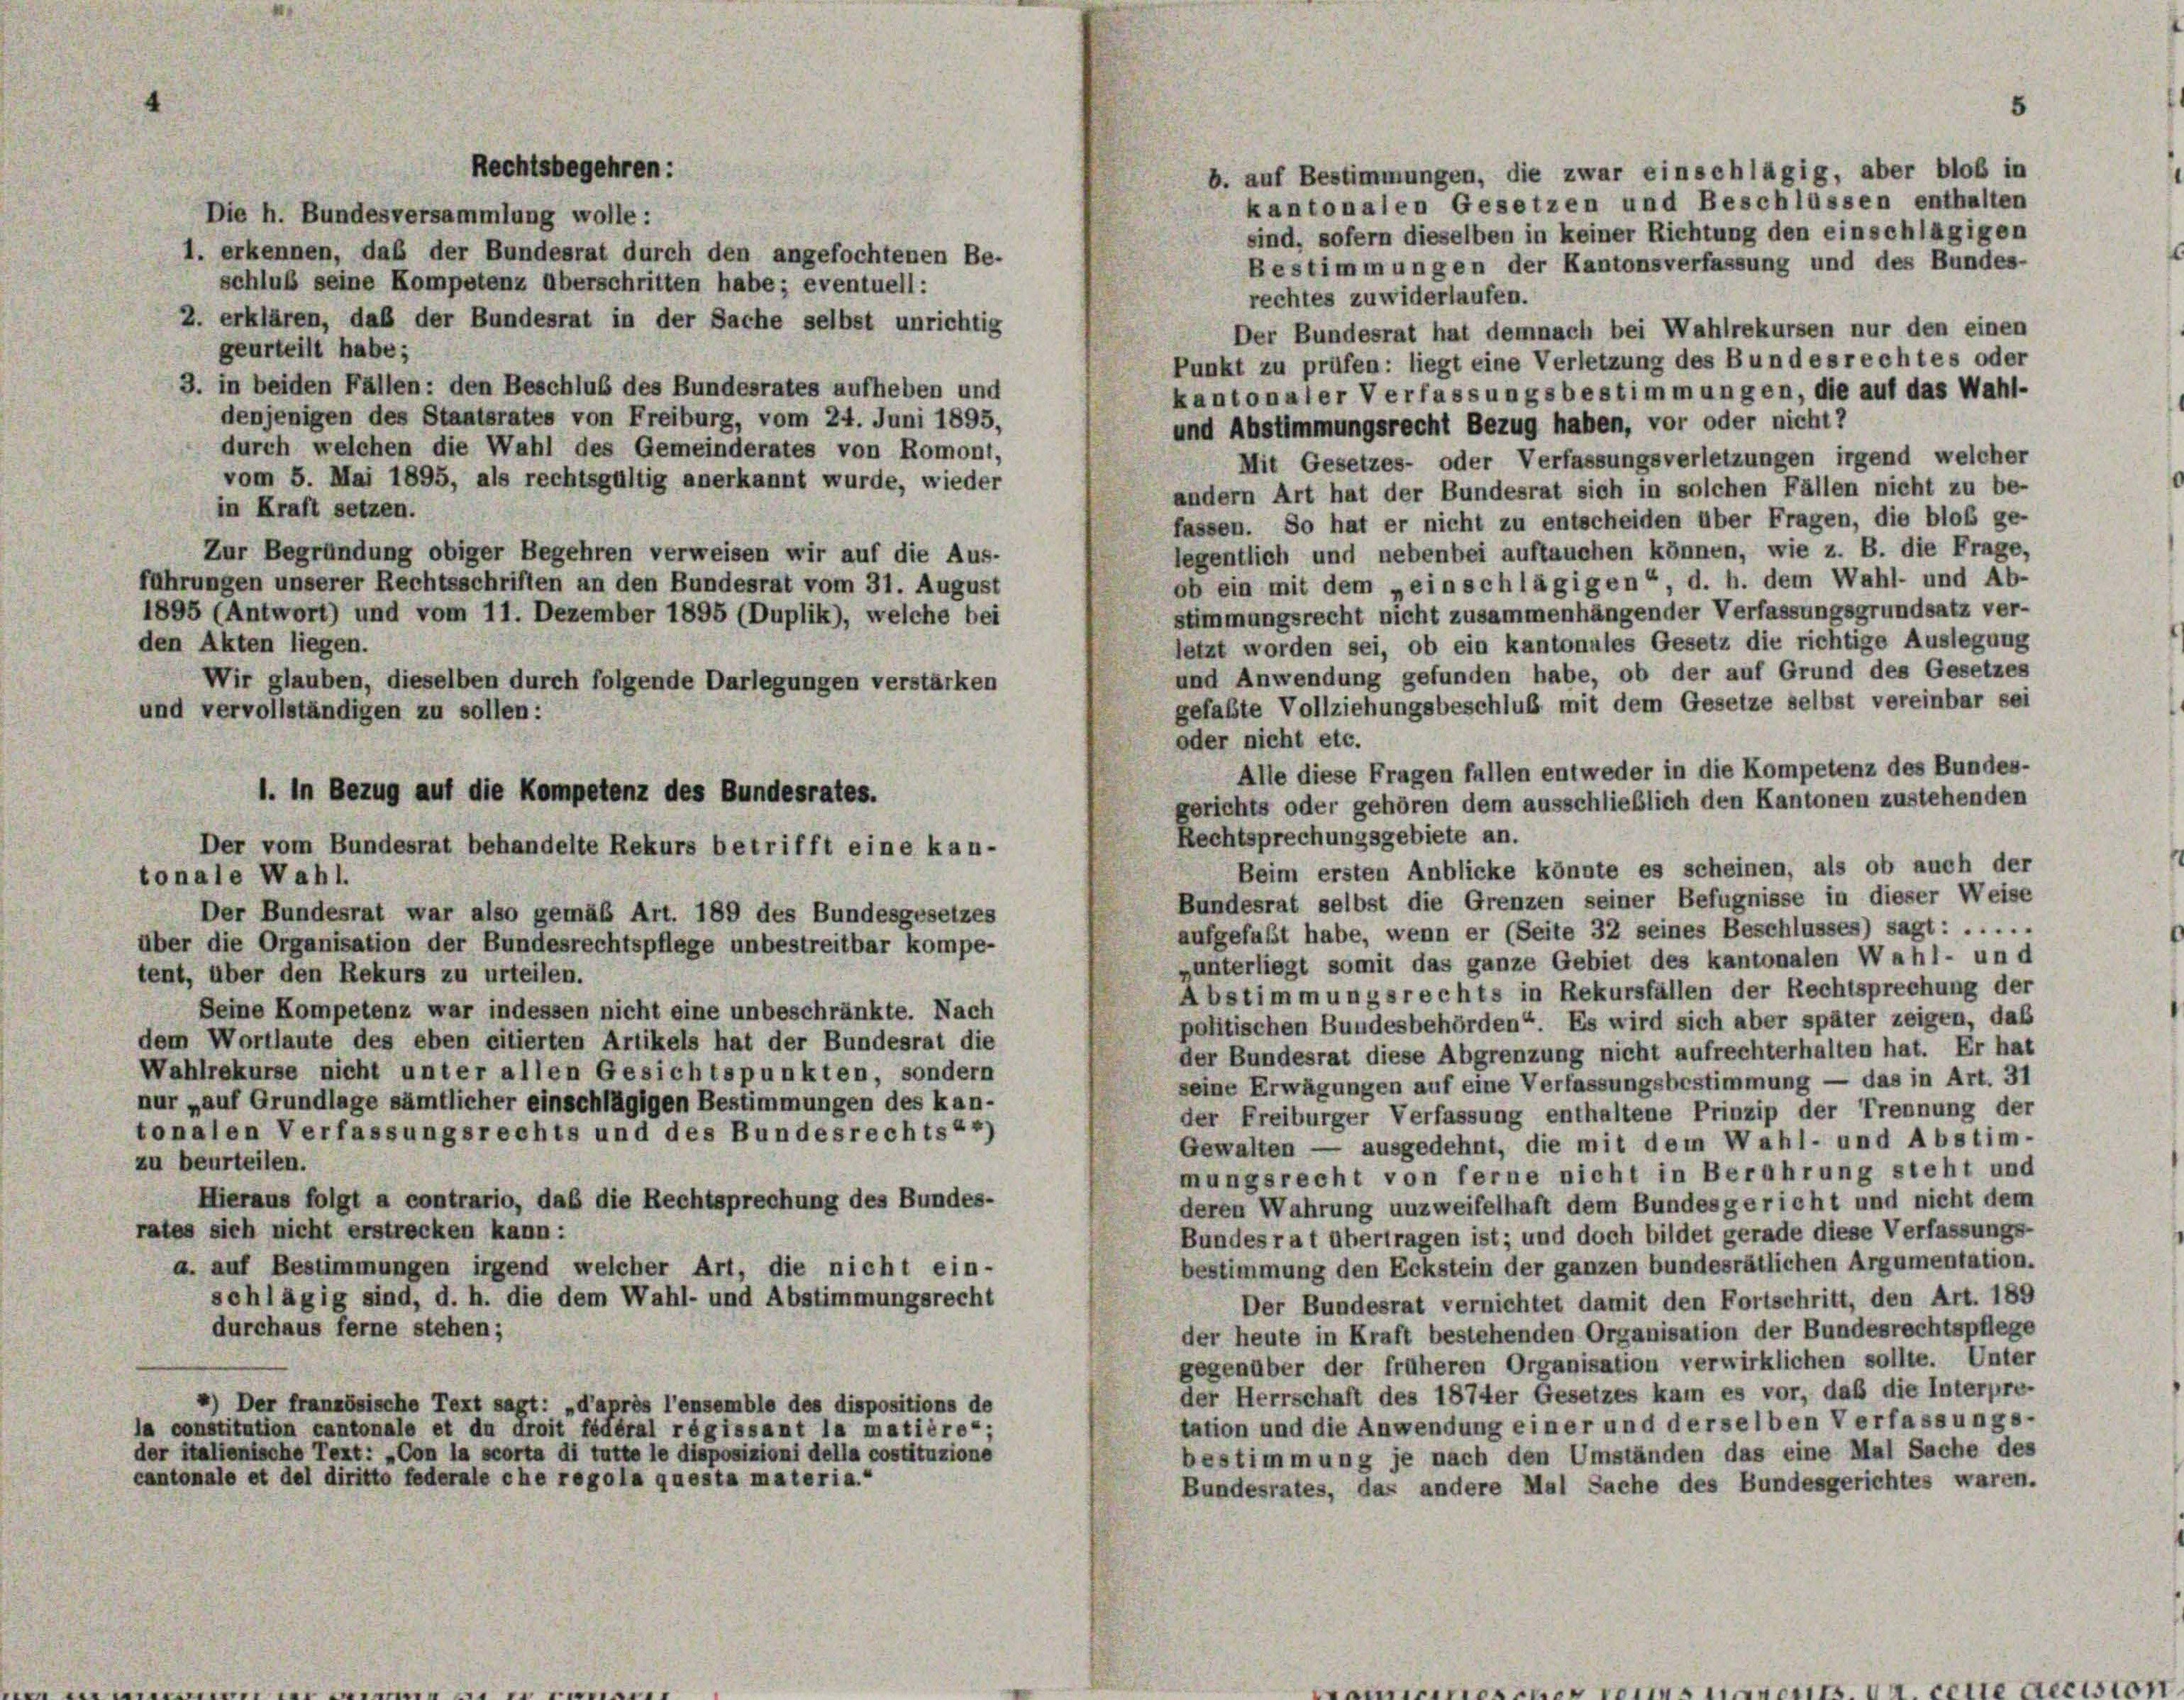
b. auf Bestimmungen, die zwar einschlägig, aber bloß in
kantonalen Gesetzen und Beschlüssen enthalten
Die h. Bundesversammlung wolle:
sind, sofern dieselben in keiner Richtung den einschlägigen
l. erkennen, daß der Bundesrat durch den angefochtenen Be-
Bestimmungen der Kantonsverfassung und des Bundes-
schluß seine Kompetenz überschritten habe; eventuell:
rechtes zuwiderlaufen.
2. erklären, daß der Bundesrat in der Sache selbst unrichtig
Der Bundesrat hat demnach bei Wahlrekursen nur den einen
geurteilt habe;
Punkt zu prüfen: liegt eine Verletzung des Bundesrechtes oder
3. in beiden Fällen: den Beschluß des Bundesrates aufheben und
kantonaler Verfassungsbestimmungen, die auf das Wahl-
denjenigen des Staatsrates von Freiburg, vom 24. Juni 1895,
und Abstimmungsrecht Bezug haben, vor oder nicht?
durch welchen die Wahl des Gemeinderates von Romont,
Mit Gesetzes- oder Verfassungsverletzungen irgend welcher
vom 5. Mai 1895, als rechtsgültig anerkannt wurde, wieder
andern Art hat der Bundesrat sich in solchen Fällen nicht zu be-
in Kraft setzen.
fassen. So hat er nicht zu entscheiden über Fragen, die bloß ge-
legentlich und nebenbei auftauchen können, wie z. B. die Frage,
Zur Begründung obiger Begehren verweisen wir auf die Aus-
ob ein mit dem „einschlägigen“, d. h. dem Wahl- und Ab-
führungen unserer Rechtsschriften an den Bundesrat vom 31. August
stimmungsrecht nicht zusammenhängender Verfassungsgrundsatz ver-
1895 (Antwort) und vom 11. Dezember 1895 (Duplik), welche bei
den Akten liegen.
letzt worden sei, ob ein kantonales Gesetz die richtige Auslegung
und Anwendung gefunden habe, ob der auf Grund des Gesetzes
Wir glauben, dieselben durch folgende Darlegungen verstärken
gefaßte Vollziehungsbeschluß mit dem Gesetze selbst vereinbar sei
und vervollständigen zu sollen:
oder nicht etc.
Alle diese Fragen fallen entweder in die Kompetenz des Bundes-
gerichts oder gehören dem ausschließlich den Kantonen zustehenden
Rechtsprechungsgebiete an.
Der vom Bundesrat behandelte Rekurs betrifft eine kan-
Beim ersten Anblicke könnte es scheinen, als ob auch der
tonale Wahl.
Bundesrat selbst die Grenzen seiner Befugnisse in dieser Weise
Der Bundesrat war also gemäß Art. 189 des Bundesgesetzes
aufgefaßt habe, wenn er (Seite 32 seines Beschlusses) sagt: .....
über die Organisation der Bundesrechtspflege unbestreitbar kompe-
„unterliegt somit das ganze Gebiet des kantonalen Wahl- un d
tent, über den Rekurs zu urteilen.
Abstimmungsrechts in Rekursfällen der Rechtsprechung der
Seine Kompetenz war indessen nicht eine unbeschränkte. Nach
politischen Bundesbehörden“. Es wird sich aber später zeigen, daß
dem Wortlaute des eben citierten Artikels hat der Bundesrat die
der Bundesrat diese Abgrenzung nicht aufrechterhalten hat. Er hat
Wahlrekurse nicht unter allen Gesichtspunkten, sondern
seine Erwägungen auf eine Verfassungsbestimmung — das in Art. 31
nur „auf Grundlage sämtlicher einschlägigen Bestimmungen des kan-
der Freiburger Verfassung enthaltene Prinzip der Trennung der
tonalen Verfassungsrechts und des Bundesrechts“*)
Gewalten — ausgedehnt, die mit dem Wahl- und Abstim-
zu beurteilen.
mungsrecht von ferne nicht in Berührung steht und
Hieraus folgt a contrario, daß die Rechtsprechung des Bundes-
deren Wahrung unzweifelhaft dem Bundesgericht und nicht dem
rates sich nicht erstrecken kann:
Bundesrat übertragen ist; und doch bildet gerade diese Verfassungs-
bestimmung den Eckstein der ganzen bundesrätlichen Argumentation.
a. auf Bestimmungen irgend welcher Art, die nicht ein-
schlägig sind, d. h. die dem Wahl- und Abstimmungsrecht
Der Bundesrat vernichtet damit den Fortschritt, den Art. 189
durchaus ferne stehen;
der heute in Kraft bestehenden Organisation der Bundesrechtspflege
gegenüber der früheren Organisation verwirklichen sollte. Unter
der Herrschaft des 1874er Gesetzes kam es vor, daß die Interpre-
*) Der französische Text sagt: „d’après l’ensemble des dispositions de
tation und die Anwendung einer und derselben Verfassungs-
la constitution cantonale et du droit fédéral régissant la matière“ ;
der italienische Text: „Con la scorta di tutte le disposizioni della costituzione
bestimmung je nach den Umständen das eine Mal Sache des
cantonale et del diritte federale che regola questa materia.
Bundesrates, das andere Mal Sache des Bundesgerichtes waren.

Rechtsbegehren:

1. In Bezug auf die Kompetenz des Bundesrates.